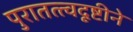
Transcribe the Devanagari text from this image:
पुरातत्त्वदृष्टीने